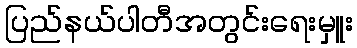
ပြည်နယ်ပါတီအတွင်းရေးမှူး